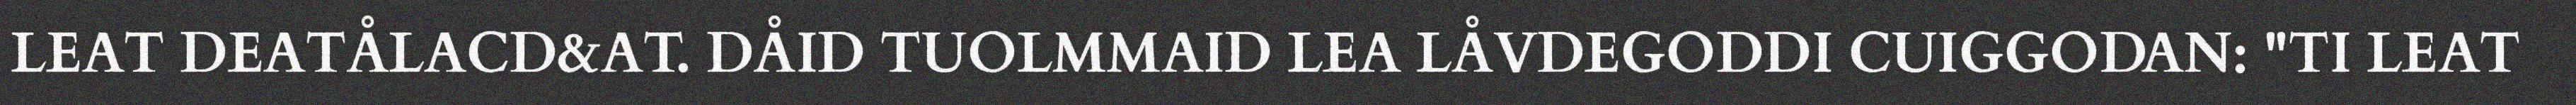
LEAT DEATÅLACD&AT. DÅID TUOLMMAID LEA LÅVDEGODDI CUIGGODAN: "TI LEAT